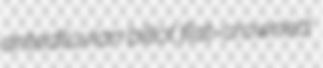
antediluvian billot flat-crowned